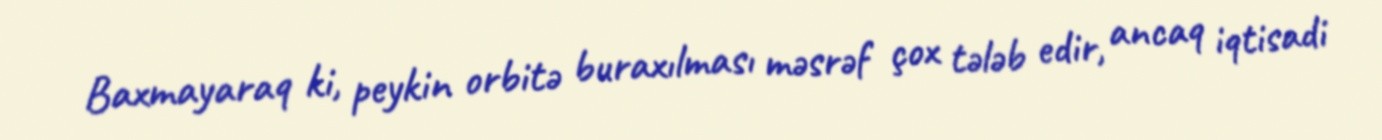
Baxmayaraq ki, peykin orbitə buraxılması məsrəf çox tələb edir, ancaq iqtisadi